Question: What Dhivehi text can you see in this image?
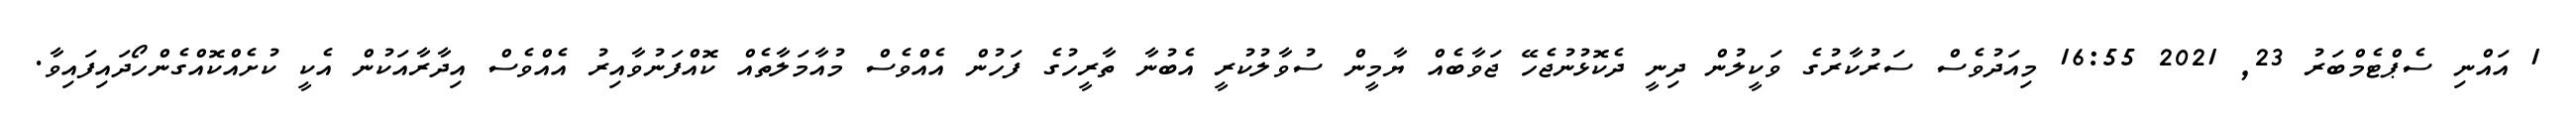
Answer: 1 އައްނި ސެޕްޓެމްބަރު 23, 2021 16:55 މިއަދުވެސް ސަރުކާރުގެ ވަކީލުން ދިނީ ދެކޮޅުނުޖެހޭ ޖަވާބެއް ޔާމީން ސުވާލުކުރީ އެބުނާ ތާރީހުގެ ފަހުން އެއްވެސް މުއާމަލާތެއް ކޮއްފަނުވާއިރު އެއްވެސް އިދާރާއަކުން އެކީ ކުށެއްކޮއްގެންހޯދައިފައިވާ.